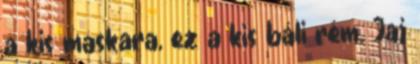
a kis maskara, ez a kis báli rém. Jaj